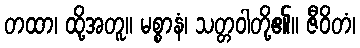
တထာ၊ ထို့အတူ။ မစ္စာနံ၊ သတ္တဝါတို့၏။ ဇီဝိတံ၊